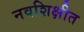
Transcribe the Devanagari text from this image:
नवशिक्षीत